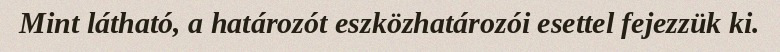
Mint látható, a határozót eszközhatározói esettel fejezzük ki.